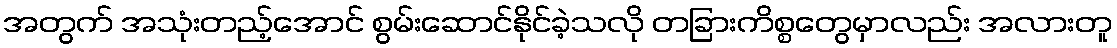
အတွက် အသုံးတည့်အောင် စွမ်းဆောင်နိုင်ခဲ့သလို တခြားကိစ္စတွေမှာလည်း အလားတူ